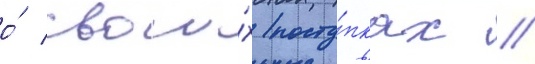
о́ свои́х посту́пках /